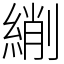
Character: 䌃